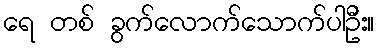
ရေ တစ် ခွက်လောက်သောက်ပါဦး။